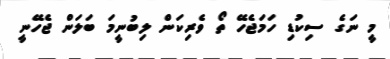
މީ ނަގެ ސިކުޑި ހަމަޖެހޭ ތޯ ވެރިކަން ލިބުނީމަ ބަލަން ޖެހޭނީ